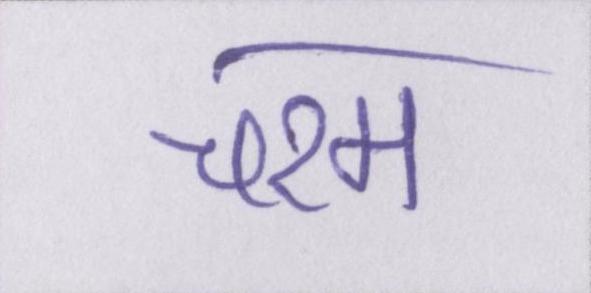
चरम